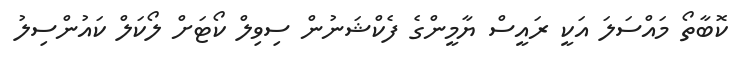
ކޮބާތޯ މައްސަަލަ އަކީ ރައީސް ޔާމީންގެ ފެކްޝަނުން ސިވިލް ކޯޓަށް ލޯކަލް ކައުންސިލު